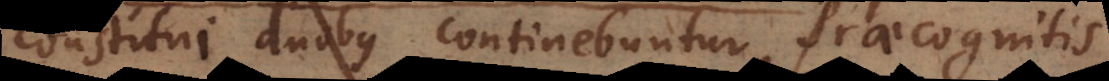
constitui duobus continebuntur, Praecognitis